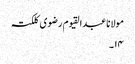
مولانا عبدالقیوم رضوی کلکتہ
۱۴۔